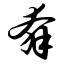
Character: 奔